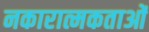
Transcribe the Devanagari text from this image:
नकारात्मकताओं